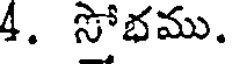
4. సోభము.